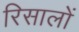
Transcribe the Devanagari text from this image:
रिसालों